Lunatic asylums Punjab 1881-1894 - 1881-1894
Year: 1881
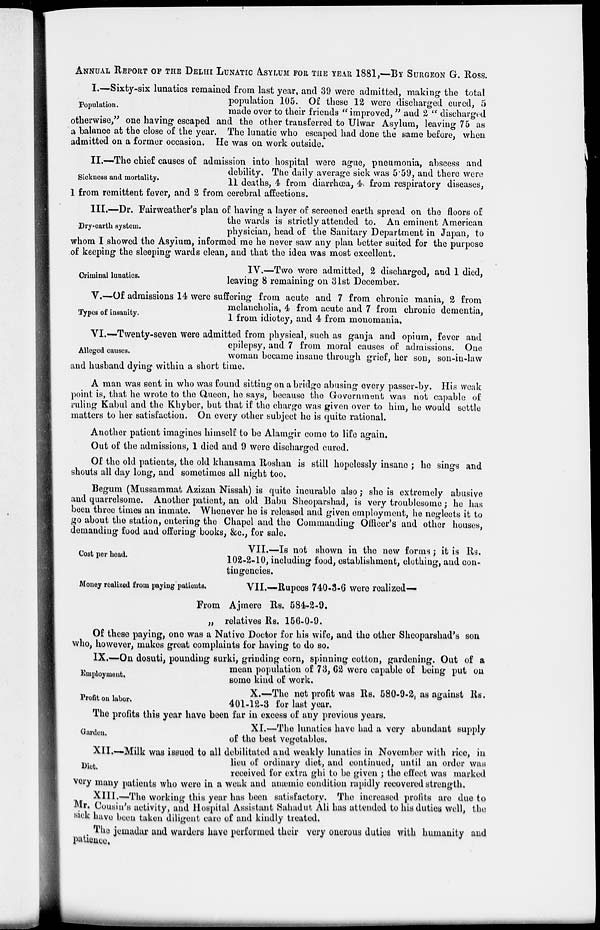
ANNUAL REPORT OF THE DELHI LUNATIC ASYLUM FOR THE YEAR 1881,—BY SURGEON G. ROSS.
Population.
I.—Sixty-six lunatics remained from last year, and 39 were admitted, making the total
population 105. Of these 12 were discharged cured, 5
made over to their friends " improved, " and 2 " discharged
otherwise, "one having escaped and the other transferred to Ulwar Asylum, leaving 75 as
a balance at the close of the year. The lunatic who escaped had done the same before, when
admitted on a former occasion. He was on work outside.
Sickness and mortality.
II.—The chief causes of admission into hospital were ague, pneumonia, abscess and
debility. The daily average sick was 5.59, and there were
11 deaths, 4 from diarrhœa, 4 from respiratory diseases,
1 from remittent fever, and 2 from cerebral affections.
Dry-earth system.
III.—Dr. Fairweather's plan of having a layer of screened earth spread on the floors of
the wards is strictly attended to. An eminent American
physician, head of the Sanitary Department in Japan, to
whom I showed the Asylum, informed me he never saw any plan better suited for the purpose
of keeping the sleeping wards clean, and that the idea was most excellent.
Criminal lunatics.
IV.—Two were admitted, 2 discharged, and 1 died,
leaving 8 remaining on 31st December.
Types of insanity.
V.—Of admissions 14 were suffering from acute and 7 from chronic mania, 2 from
melancholia, 4 from acute and 7 from chronic dementia,
1 from idiotcy, and 4 from monomania.
Alleged causes.
VI.—Twenty-seven were admitted from physical, such as ganja and opium, fever and
epilepsy, and 7 from moral causes of admissions. One
woman became insane through grief, her son, son-in-law
and husband dying within a short time.
A man was sent in who was found sitting on a bridge abusing every passer-by. His weak
point is, that he wrote to the Queen, he says, because the Government was not capable of
ruling Kabul and the Khyber, but that if the charge was given over to him, he would settle
matters to her satisfaction. On every other subject he is quite rational.
Another patient imagines himself to be Alamgir come to life again.
Out of the admissions, 1 died and 9 were discharged cured.
Of the old patients, the old khansama Roshan is still hopelessly insane ; he sings and
shouts all day long, and sometimes all night too.
Begum (Mussammat Azizan Nissah) is quite incurable also ; she is extremely abusive
and quarrelsome. Another patient, an old Babu Sheoparshad, is very troublesome ; he has
been three times an inmate. Whenever he is released and given employment, he neglects it to
go about the station, entering the Chapel and the Commanding Officer's and other houses,
demanding food and offering books, &c., for sale.
Cost per head.
VII.—Is not shown in the now forms; it is Rs.
102-2-10, including food, establishment, clothing, and con-
tingencies.
Money realized from paying patients.
VII.—Rupees 740-3-6 were realized—
From Ajmere Rs. 584-2-9.
„ relatives Rs. 156-0-9.
Of these paying, one was a Native Doctor for his wife, and the other Sheoparshad's son
who, however, makes great complaints for having to do so.
Employment.
IX.—On dosuti, pounding surki, grinding corn, spinning cotton, gardening. Out of a
mean population of 73, 62 were capable of being put on
some kind of work.
Profit on labor.
X.—The not profit was Rs. 580-9-2, as against Rs.
401-12-3 for last year.
The profits this year have been far in excess of any previous years.
Garden.
XI.—The lunatics have had a very abundant supply
of the best vegetables.
Diet.
XII.—Milk was issued to all debilitated and weakly lunatics in November with rice, in
lieu of ordinary diet, and continued, until an order was
received for extra ghi to bo given ; the effect was marked
very many patients who were in a weak and anæmic condition rapidly recovered strength.
XIII.—The working this year has been satisfactory. The increased profits are due to
Mr. Cousin's activity, and Hospital Assistant Sahadut Ali has attended to his duties well, the
sick have been taken diligent care of and kindly treated.
The jemadar and warders have performed their very onerous duties with humanity and
patience.